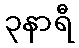
၃နာရီ